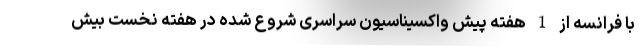
با فرانسه از 1 هفته پیش واکسیناسیون سراسری شروع شده در هفته نخست بیش